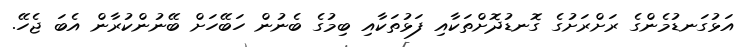
އަޅުގަނޑުމެންގެ ރަށްރަށުގެ ގޮނޑުދޮށްތަކާއި ފަޅުތަކާއި ބިމުގެ ބެނުން ހަބޭހަށް ބޭނުންކުރާން އެބަ ޖެހޭ.